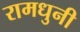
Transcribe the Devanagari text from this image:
रामधुनी